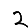
Digit: 2